Civil Veterinary Department. Central Provinces & Berar 1925-31 - 1925-1931
Year: 1925
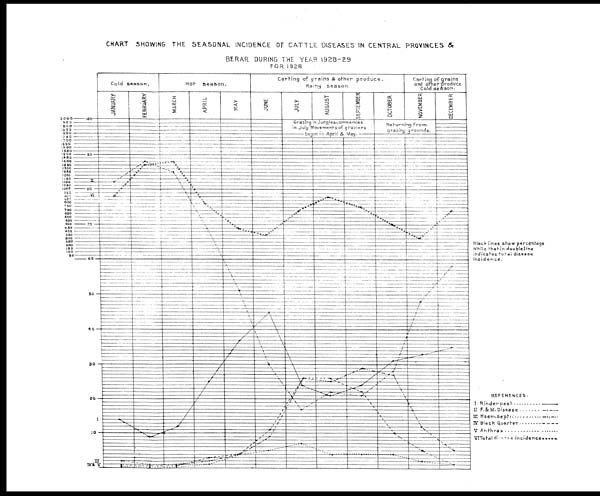
CHART SHOWING THE SEASONAL INCIDENCE OF CATTLE DISEASES IN CENTRAL PROVINCES &
BERAR DURING THE YEAR 1928-29
FOR 1928